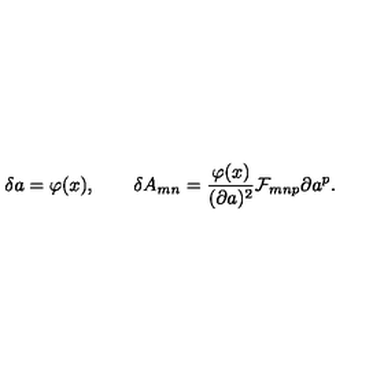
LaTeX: \delta a = \varphi ( x ) , \qquad \delta A _ { m n } = { \frac { \varphi ( x ) } { ( \partial a ) ^ { 2 } } } { \cal F } _ { m n p } \partial a ^ { p } .